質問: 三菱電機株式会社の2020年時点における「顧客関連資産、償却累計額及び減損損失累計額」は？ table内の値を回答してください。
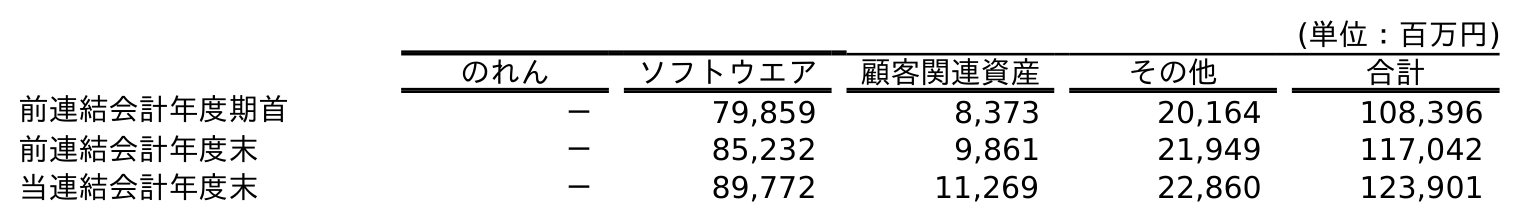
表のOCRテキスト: (単位：百万円) のれん ソフトウエア 顧客関連資産 その他 合計 前連結会計年度期首 － 79,859 8,373 20,164 108,396 前連結会計年度末 － 85,232 9,861 21,949 117,042 当連結会計年度末 － 89,772 11,269 22,860 123,901
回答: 11,269